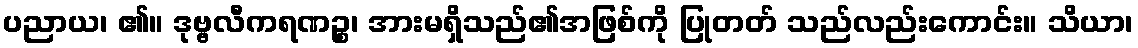
ပညာယ၊ ၏။ ဒုဗ္ဗလီကရဏဉ္စ၊ အားမရှိသည်၏အဖြစ်ကို ပြုတတ် သည်လည်းကောင်း။ သိယာ၊